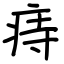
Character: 痔